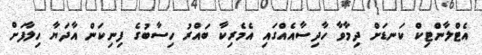
އެޓްލާންޓިކް ކަނޑަށް ދިމާވާ ހާދިސާއެއްގައި އެމެރިކާ ބައްރު ހިސާބުގެ ފިނިކަން އާދަޔާ ހިލާފަށް